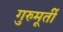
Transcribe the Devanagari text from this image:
गुरुमूर्ती